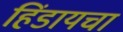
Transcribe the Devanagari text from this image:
हिंडायचा